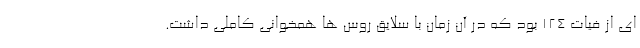
ای از فیات 124 بود که در آن زمان با سلایق روس ها همخوانی کاملی داشت.